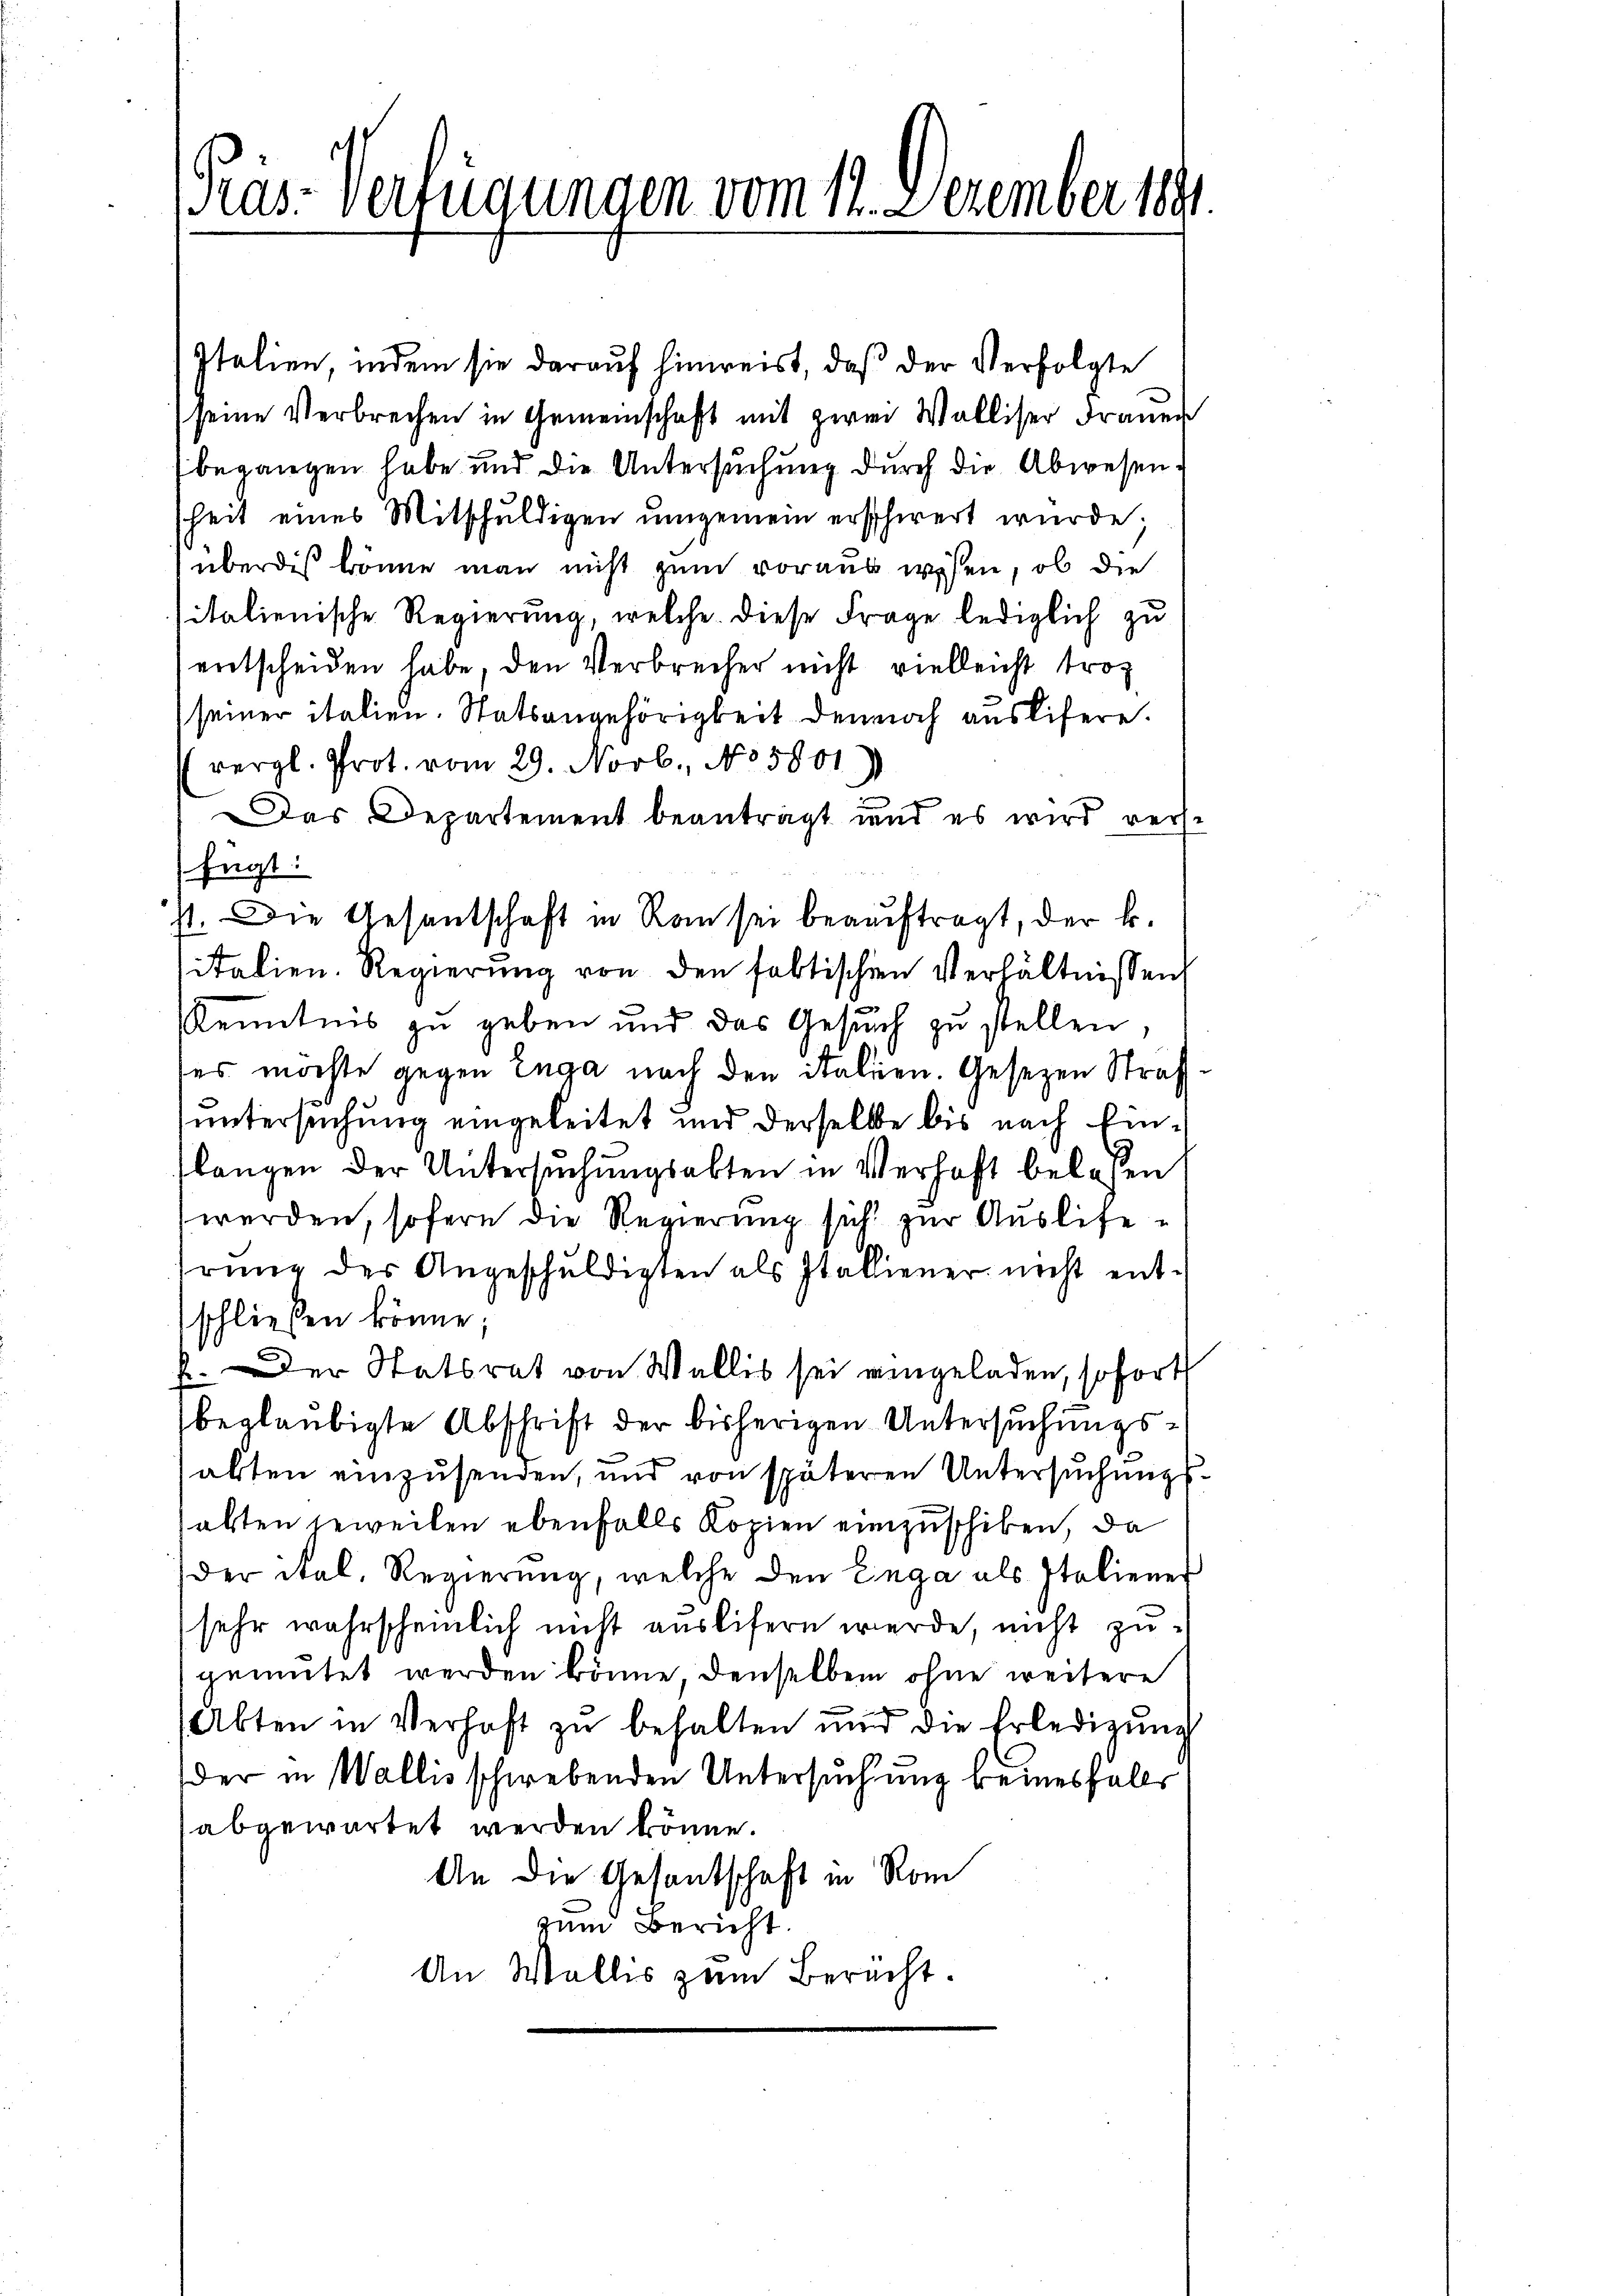
Präs. Verfügungen vom 12. Dezember 18.

Italien, indem sie darauf hinweist, daß der Verfolgte
seine Verbrechen in Gemeinschaft mit zwei Walliser Fraŭen
begangen habe und die Untersuchung durch die Abwesensheit eines Mitschuldigen ŭmgemein erschwert wurde;
überdis könne man nicht zum voraus wesen, ob die
italienische Regierung, welche diese Frage lediglich zu
entscheiden habe, den Verbrecher nicht vielleicht trot
seiner italien. Statsangehörigkeit dennoch auslifere.
(vergl. Prot. vom 29. Novb., No 5801)
Das Departement beanträgt und es wird vers-
fügt:
st. Die Gesantschaft in Ran sei beauftragt, der k.
sitalien. Regierung von den faktischen Verhältnissen
f
Kenntnis zu geben und das Gesuch zu stellen,
ses möchte gegen Enga nach den italien. Gesetzen Straf
untersuchung eingeleitet und derselbe bis nach Einlangen der Untersuchungsabten in Verhaft belassen
werden, sofern die Regierung sich zur Auslieferŭng der Angeschuldigten als Italiener nicht entschließen könne;
f. Der Statsrat von Wallis sei eingeladen, sofort
beglaubigte Abschrift der bisherigen Untersuchungsabten einzusenden, und von späteren Untersuchungsabten jeweilen ebenfalls Kopien einzuschiken, da
der ital. Regierŭng, welche den Enga als Italiener
sehr wahrscheinlich nicht auslifern werde, nicht zugemutet werden könne, denselben ohne weitere
Akten in Verhaft zŭ behalten und die Erledigŭng
der in Wallis schwebenden Untersuchung keinesfalls
abgewartet werden könne.
An die Gesantschaft in Rom
zum Bericht.
An Wallis zum Berecht.